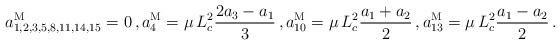
\begin{align*}a^{\rm M}_{1,2,3,5,8,11,14,15} &= 0 \, ,a^{\rm M}_{4} = \mu \, L_c^2 \frac{2a_3-a_1}{3} \, ,a^{\rm M}_{10} = \mu \, L_c^2 \frac{a_1 + a_2}{2} \, ,a^{\rm M}_{13} = \mu \, L_c^2 \frac{a_1 - a_2}{2}\, .\end{align*}